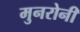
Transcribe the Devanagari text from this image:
मुनरोनी